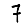
Digit: 7